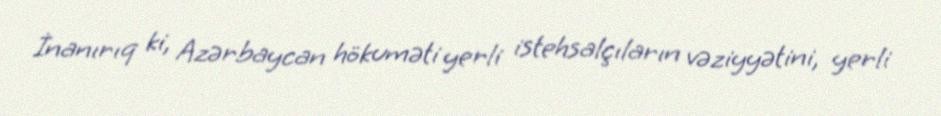
İnanırıq ki, Azərbaycan hökuməti yerli istehsalçıların vəziyyətini, yerli